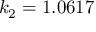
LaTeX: k _ { 2 } = 1 . 0 6 1 7